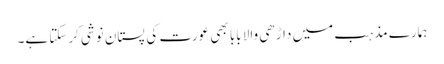
ہمارے مذہب میں داڑھی والا بابا بھی عورت کی پستان نوشی کرسکتا ہے۔